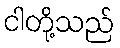
ငါတို့သည်